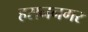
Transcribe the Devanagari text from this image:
हसननगर